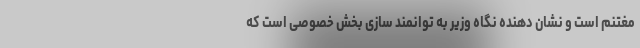
مغتنم است و نشان دهنده نگاه وزیر به توانمند سازی بخش خصوصی است که